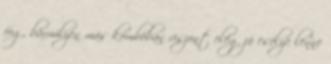
fog, bármilyen más kombóban viszont elég jó esélye lenne